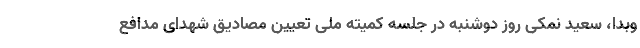
وبدا، سعید نمکی روز دوشنبه در جلسه کمیته ملی تعیین مصادیق شهدای مدافع